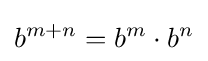
b^{m+n}=b^{m}\cdot b^{n}